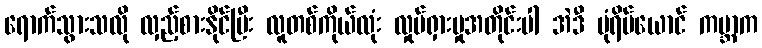
ရောက်သွားသလို လှည့်စားနိုင်ပြီး လူတစ်ကိုယ်လုံး လှုပ်ရှားမှုအတိုင်းပါ အဲဒီ ပုံရိပ်ယောင် ကမ္ဘာက